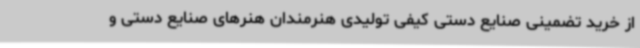
از خرید تضمینی صنایع دستی کیفی تولیدی هنرمندان هنرهای صنایع دستی و